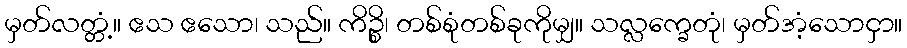
မှတ်လတ္တံ့။ ဧသ ဧသော၊ သည်။ ကိဉ္စိ၊ တစ်စုံတစ်ခုကိုမျှ။ သလ္လက္ခေတုံ၊ မှတ်အံ့သောငှာ။